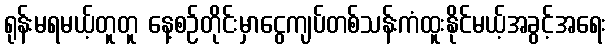
ရုန်းမရမယ့်တူတူ နေ့စဉ်တိုင်းမှာငွေကျပ်တစ်သန်းကံထူးနိုင်မယ့်အခွင့်အရေး